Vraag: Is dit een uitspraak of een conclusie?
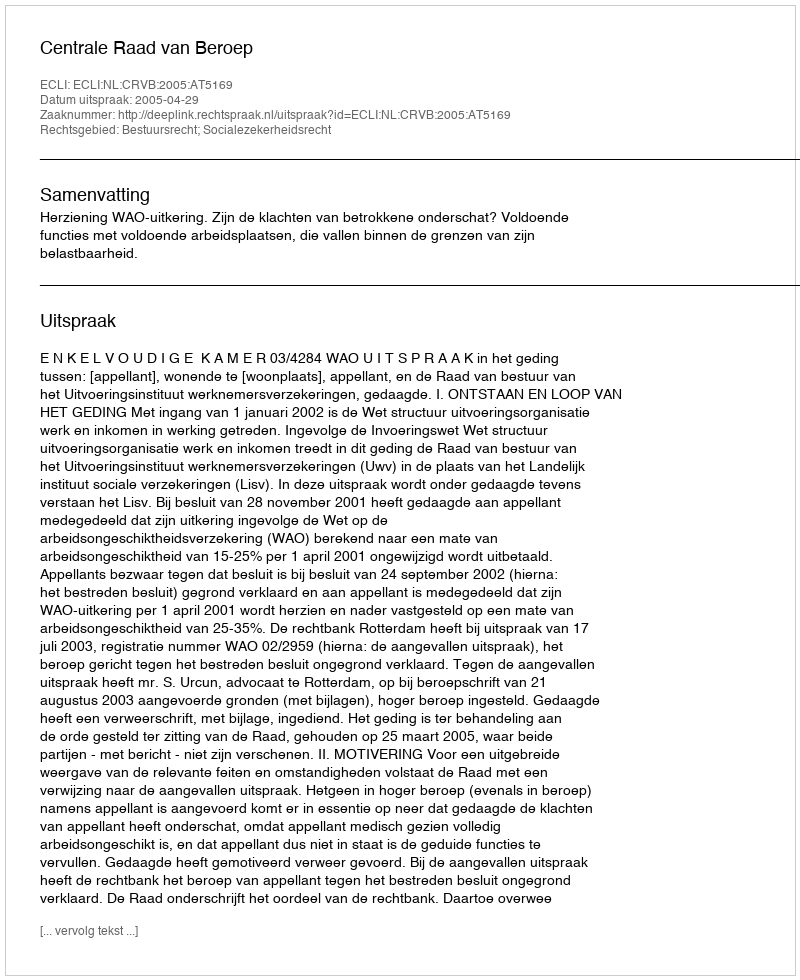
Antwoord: Uitspraak